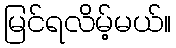
မြင်ရလိမ့်မယ်။